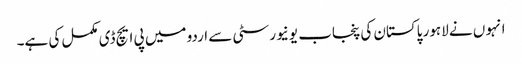
انہو ں نے لاہور پاکستان کی پنجاب یونیورسٹی سے اردو میں پی ایچ ڈی مکمل کی ہے۔